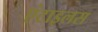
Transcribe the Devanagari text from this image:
एंटाइलस